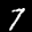
Label: 7